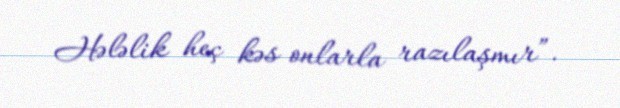
Hələlik heç kəs onlarla razılaşmır”.